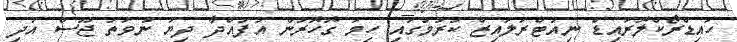
ހައިޑްރޯކްލޮރައިޑް ނިއުޓްރަލައިޒް ކުރުމުގައި ހިމަ ގޮހޮރުން އުފައްދާ ދިޔަ ނުވަތަ ޖޫސް އަދި